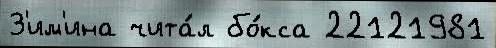
З'им'ина чита́л бо́кса 22121981